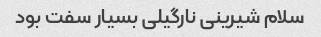
سلام شیرینی نارگیلی بسیار سفت بود